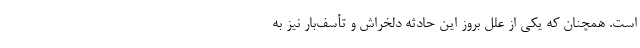
است. همچنان که یکی از علل بروز این حادثه دلخراش و تأسف‌بار نیز به